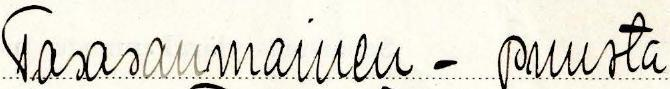
Tasasaumainen - puusta